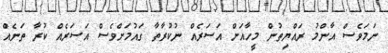
ނަމަވެސް އާންމު ރައްޔިތުން މީހާއަށް އަސަރެއް ނުކުރާތާ ގައުމަށްވެސް އަސަރެއް ކުރާ ތަނެއް